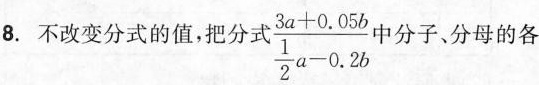
8.不改变分式的值，把分式$$\frac { 3 a + 0 . 0 5 b } { \frac { 1 } { 2 } a - 0 . 2 b }$$中分子、分母的各